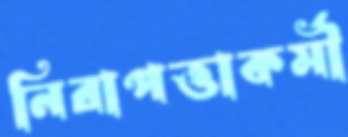
নিরাপত্তাকর্মী